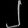
Digit: ၂